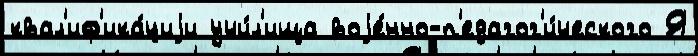
квал'иф'ика́циjи учи́л'ища воjе́нно-п'едагог'и́ческого Я